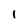
Character: 1